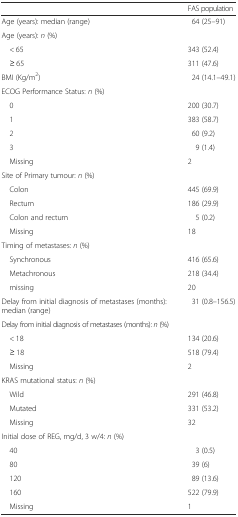
<table><thead><tr><td></td><td><b>FAS population</b></td></tr></thead><tbody><tr><td>Age (years): median (range)</td><td>64 (25–91)</td></tr><tr><td colspan="2">Age (years): <i>n</i> (%)</td></tr><tr><td> &lt; 65</td><td>343 (52.4)</td></tr><tr><td> ≥ 65</td><td>311 (47.6)</td></tr><tr><td>BMI (Kg/m<sup>2</sup>)</td><td>24 (14.1–49.1)</td></tr><tr><td colspan="2">ECOG Performance Status: <i>n</i> (%)</td></tr><tr><td> 0</td><td>200 (30.7)</td></tr><tr><td> 1</td><td>383 (58.7)</td></tr><tr><td> 2</td><td>60 (9.2)</td></tr><tr><td> 3</td><td>9 (1.4)</td></tr><tr><td> Missing</td><td>2</td></tr><tr><td colspan="2">Site of Primary tumour: <i>n</i> (%)</td></tr><tr><td> Colon</td><td>445 (69.9)</td></tr><tr><td> Rectum</td><td>186 (29.9)</td></tr><tr><td> Colon and rectum</td><td>5 (0.2)</td></tr><tr><td> Missing</td><td>18</td></tr><tr><td colspan="2">Timing of metastases: <i>n</i> (%)</td></tr><tr><td> Synchronous</td><td>416 (65.6)</td></tr><tr><td> Metachronous</td><td>218 (34.4)</td></tr><tr><td> missing</td><td>20</td></tr><tr><td>Delay from initial diagnosis of metastases (months): median (range)</td><td>31 (0.8–156.5)</td></tr><tr><td colspan="2">Delay from initial diagnosis of metastases (months): <i>n</i> (%)</td></tr><tr><td> &lt; 18</td><td>134 (20.6)</td></tr><tr><td> ≥ 18</td><td>518 (79.4)</td></tr><tr><td> Missing</td><td>2</td></tr><tr><td colspan="2">KRAS mutational status: <i>n</i> (%)</td></tr><tr><td> Wild</td><td>291 (46.8)</td></tr><tr><td> Mutated</td><td>331 (53.2)</td></tr><tr><td> Missing</td><td>32</td></tr><tr><td colspan="2">Initial dose of REG, mg/d, 3 w/4: <i>n</i> (%)</td></tr><tr><td> 40</td><td>3 (0.5)</td></tr><tr><td> 80</td><td>39 (6)</td></tr><tr><td> 120</td><td>89 (13.6)</td></tr><tr><td> 160</td><td>522 (79.9)</td></tr><tr><td> Missing</td><td>1</td></tr></tbody></table>